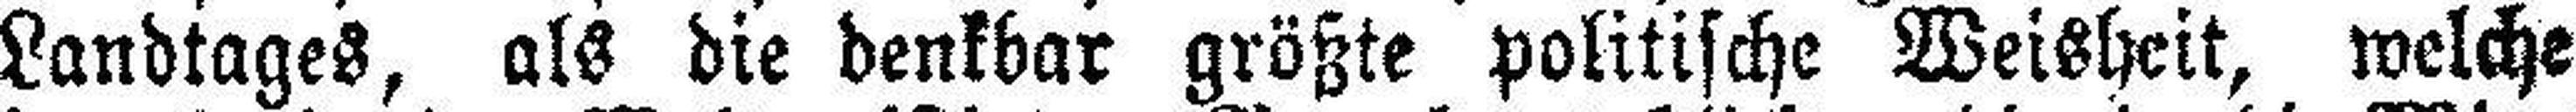
Landtages, als die denkbar größte politische Weisheit, welche